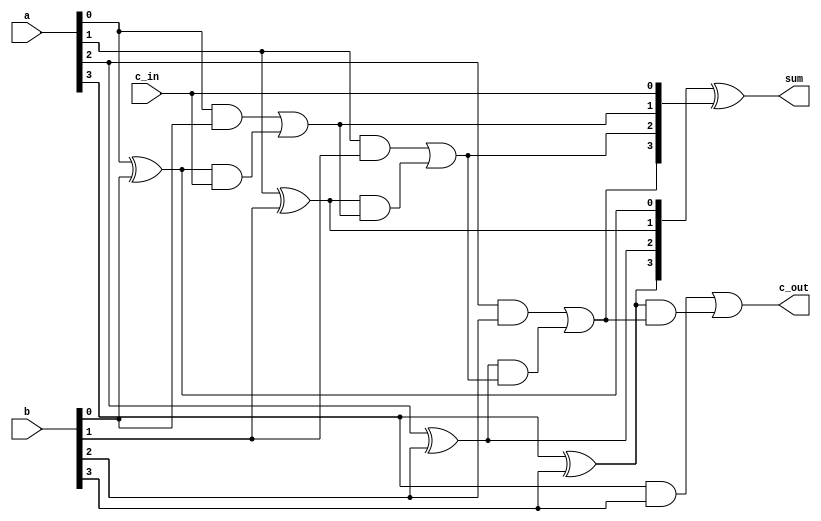
/* verilator lint_off UNOPTFLAT */
`define DELAY 4

module cla_adder #(
    parameter NR_BITS = 4
) (
    output [NR_BITS-1:0] sum  ,
    output             c_out,
    input  [NR_BITS-1:0] a    ,
    input  [NR_BITS-1:0] b    ,
    input              c_in
);

    // DONE 1: Implement a 4-bit carry-lookahead adder
    wire [NR_BITS-1:0] P, G;

    generate
        genvar i;
        for (i = 0; i < NR_BITS; i = i + 1) begin : generate_propagate_logic
            and #(`DELAY) (G[i], a[i], b[i]);
            xor #(`DELAY) (P[i], a[i], b[i]);
        end
    endgenerate
    // we could have used a or instead of a xor for propagate

    wire [NR_BITS:0] carry;

    assign carry[0] = c_in;
    generate
        for (i = 0; i < NR_BITS; i = i + 1) begin : carry_logic
            assign #(2*`DELAY) carry[i + 1] = G[i] | P[i] & carry[i];
        end
    endgenerate

    assign c_out = carry[NR_BITS];

    assign #(`DELAY) sum = P ^ carry[NR_BITS-1:0];

endmodule